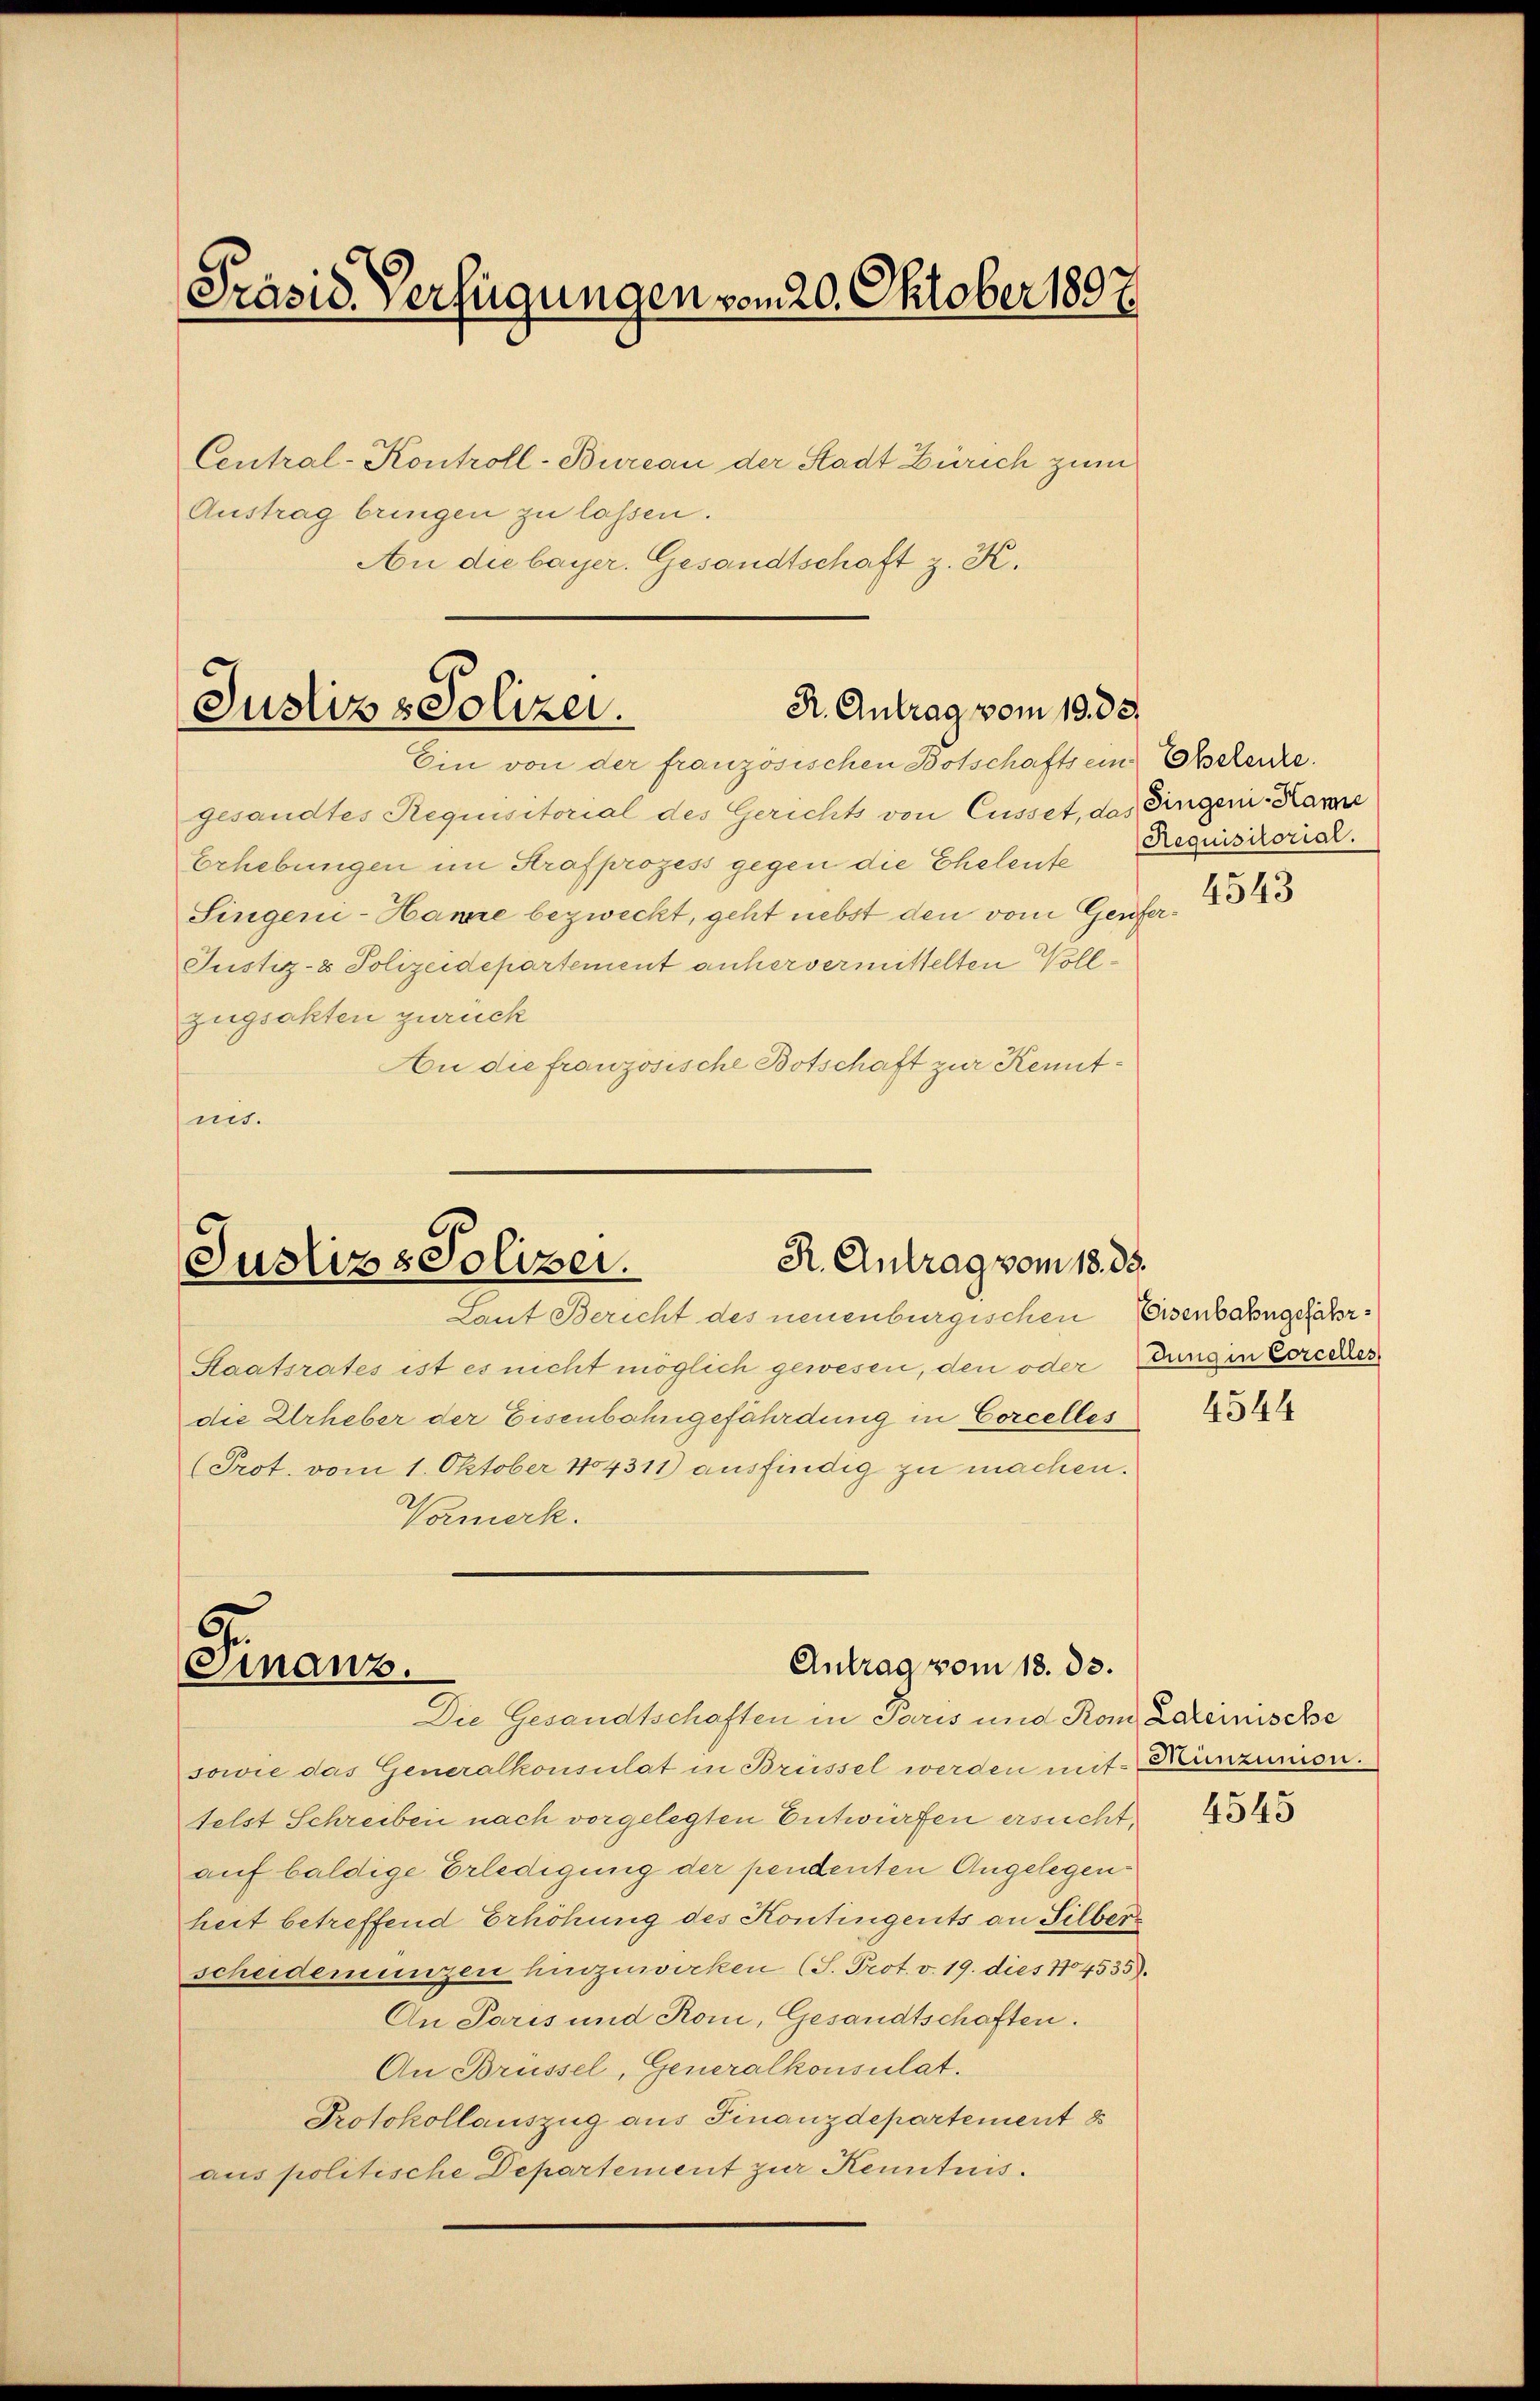
Präsid. Verfügungen vom 20. Oktober 1897

Central-Kontroll-Bureau der Stadt Zürich zum
Austrag bringen zu lassen.
An die bayer. Gesandtschaft z. K.

R. Antrag vom 19. 35.
Justiz & Polizei.
Ein von der französischen Botschaftsein Ehelenke.

gesandtes Requisitorial des Gerichts von Cusset, das Fingen Kan
Erhebungen im Strafprozess gegen die Eheleute Requisitorich.
Singeni-Hame bezweckt, geht nebst den vom Genfer¬
Justiz- & Polizeidepartement anher vermittelten Vollzugsakten zurück
An die französische Botschaft zur Kenntnis.

R. Antrag vom 18. 85.
Justiz & Polizei.
Laut Bericht des neuenburgischen Eisenbahngefähr¬

Staatsrates ist es nicht möglich gewesen, den oder ungen Eorcess
die Urheber der Eisenbahngefährdung in Corcelles
Prot. vom 1. Oktober 1804311) ausfindig zu machen.
Vamerk.

5
Antrag vom 18. ds.
Finanz.
Die Gesandtschaften in Paris und Rom Lateinische

sowie das Generalkonsulat in Brüssel werden mit Künzunion.
telst Schreiben nach vorgelegten Entwürfen ersucht,
auf baldige Erledigung der pendenten Angelegenheit betreffend Erhöhung des Kontingents an Silber
scheidemmungen hinzuwirken (S. Prot. v. 19. dies 7704535).
An Paris und Rom, Gesandtschaften.
An Brüssel, Generalkonsulat.
Protokollauszug aus Finanzdepartement 8
aus politische Departement zur Kenntnis.

4543

4544

4545